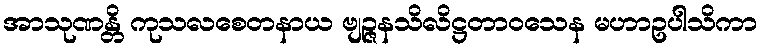
အာသုဏန္တိ ကုသလစေတနာယ ဗျဉ္ဇနသိလိဋ္ဌတာဝသေန မဟာဥပါသိကာ